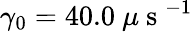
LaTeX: \gamma_{0}=40.0~\mu\mathrm{~s~}^{-1}